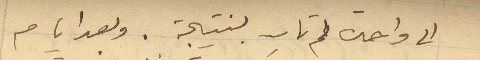
الى واحدة لم تات بنتيجة. وبعد ايام